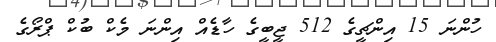
ހުންނަ 15 އިންޗީގެ 512 ޖީބީގެ ހާޑެއް އިންނަ މެކް ބުކް ޕްރޯގެ